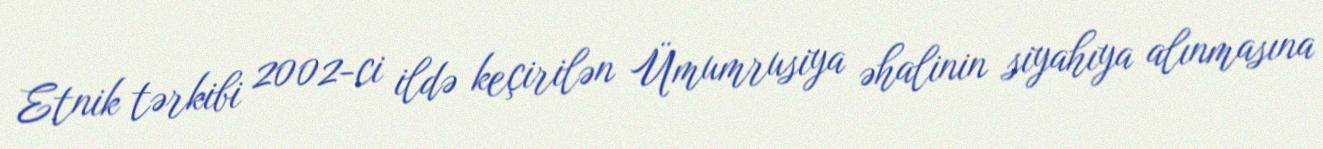
Etnik tərkibi 2002-ci ildə keçirilən Ümumrusiya əhalinin siyahıya alınmasına